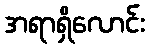
အရာရှိလောင်း